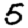
Digit: 5